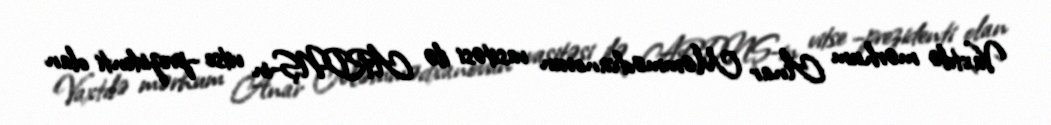
Vaxtılə mərhum Anar Məmmədxanovun vasitəsi ilə ARDNŞ-in vitse –prezidenti olan